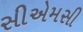
સીએમસી